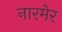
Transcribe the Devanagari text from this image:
नारमेर